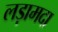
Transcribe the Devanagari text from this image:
लड़ामदा